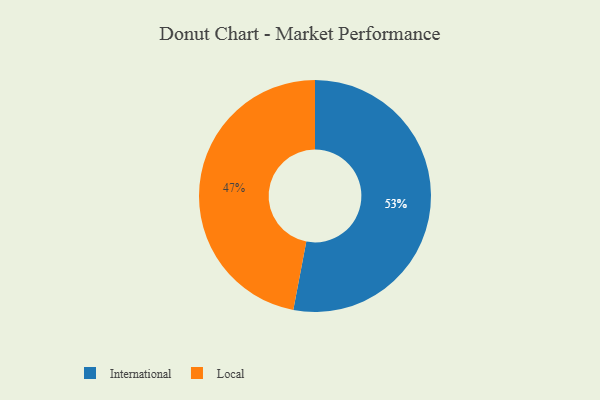
{"axis": {"x": "Category", "y": "Percentage"}, "legend": ["International", "Local"], "data": [{"x": "Local", "y": 47, "type": "Local"}, {"x": "International", "y": 53, "type": "International"}]}